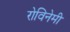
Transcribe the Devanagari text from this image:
रोविनेमी